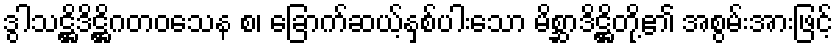
ဒွါသဋ္ဌိဒိဋ္ဌိဂတဝသေန စ၊ ခြောက်ဆယ့်နှစ်ပါးသော မိစ္ဆာဒိဋ္ဌိတို့၏ အစွမ်းအားဖြင့်